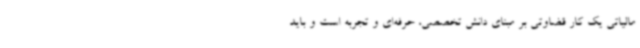
مالیاتی یک کار قضاوتی بر مبنای دانش تخصصی، حرفه‌ای و تجربه است و باید